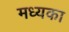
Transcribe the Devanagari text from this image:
मध्यका